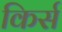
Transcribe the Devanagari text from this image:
किर्स